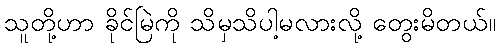
သူတို့ဟာ ခိုင်မြဲကို သိမှသိပါ့မလားလို့ တွေးမိတယ်။